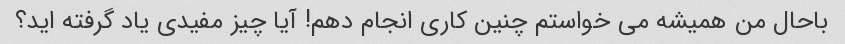
باحال من همیشه می خواستم چنین کاری انجام دهم! آیا چیز مفیدی یاد گرفته اید؟